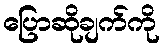
ပြောဆိုချက်ကို